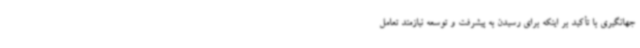
جهانگیری با تأکید بر اینکه برای رسیدن به پیشرفت و توسعه نیازمند تعامل